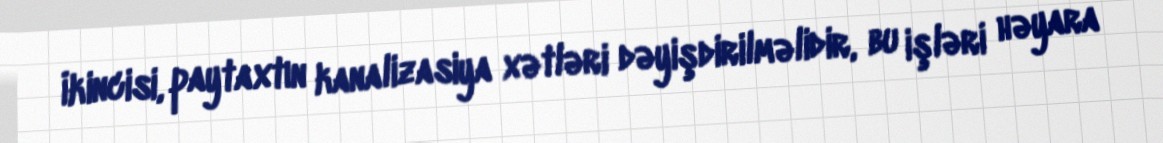
İkincisi, paytaxtın kanalizasiya xətləri dəyişdirilməlidir, bu işləri həyara